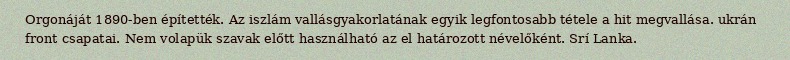
Orgonáját 1890-ben építették. Az iszlám vallásgyakorlatának egyik legfontosabb tétele a hit megvallása. ukrán front csapatai. Nem volapük szavak előtt használható az el határozott névelőként. Srí Lanka.